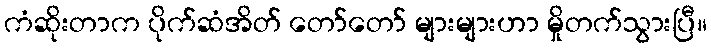
ကံဆိုးတာက ပိုက်ဆံအိတ် တော်တော် များများဟာ မှိုတက်သွားပြီ။